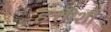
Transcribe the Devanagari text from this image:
हत्तीशी